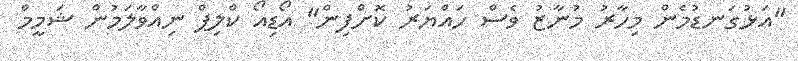
"އަޅުގަނޑުމެން މިހާރު މުނާޒު ވެސް ހައްޔަރު ކޮށްފިން" އޯޑިއޯ ކްލިޕް ނިއްވާލަމުން ޝަމީމް